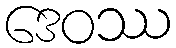
ဒေဝဿ